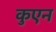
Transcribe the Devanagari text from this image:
कुएन